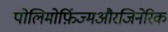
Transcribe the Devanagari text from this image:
पोलिमोर्फ़िज्मऔरजिनेरिक